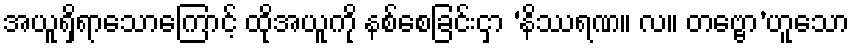
အယူရှိရာသောကြောင့် ထိုအယူကို နစ်စေခြင်းငှာ ‘နိဿရဏ။ လ။ တဗ္ဗော’ဟူသော